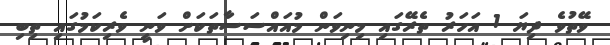
ވޭތުވެ ދިޔަ 1 އަހަރު ތެރޭގައި މިނިވަން މުއައްސަސާތަކަށް ވަނީ ވެރިކަމުގައި ތިބި